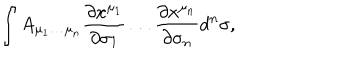
\int A _ { \mu _ { 1 } \ldots \mu _ { n } } { \frac { \partial x ^ { \mu _ { 1 } } } { \partial \sigma _ { 1 } } } \ldots { \frac { \partial x ^ { \mu _ { n } } } { \partial \sigma _ { n } } } d ^ { n } \sigma ,